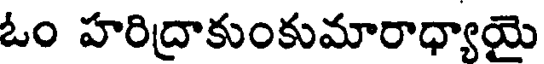
ఓం హరిద్రాకుంకుమారాధ్యాయై